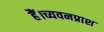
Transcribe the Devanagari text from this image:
हैं।च्यवनप्राश